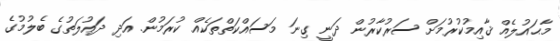
މާޙައުލެއް ޤާއިމުކުރުމަށް ސަރުކާރުން ދަނީ ގިނަ މަސައްކަތްތަކެއް ކުރަމުން. އަދި ދައުލަތުގެ ބެލުމުގެ